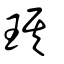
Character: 琪